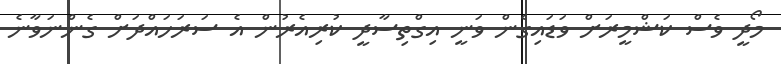
މޯދީ ވެސް ކަޝްމީރަށް ވަޑައިގެން ވަނީ އިގްތިސާދީ ކުރިއެރުން އެ ސަރަހައްދަށް ގެންނަވާނެ